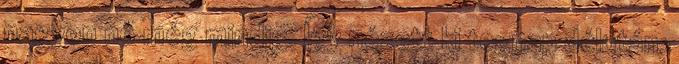
nagyon nő még mindig. Így nézett ki tegnap délután: